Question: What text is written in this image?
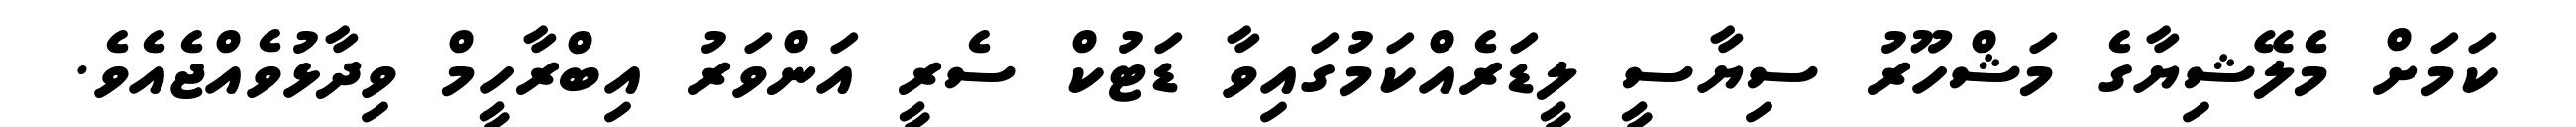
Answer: ކަމަށް މެލޭޝިޔާގެ މަޝްހޫރު ސިޔާސީ ލީޑަރެއްކަމުގައިވާ ޑަޓުކް ސެރީ އަންވަރު އިބްރާހީމް ވިދާޅުވެއްޖެއެވެ.